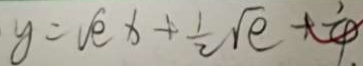
y = \sqrt { e } x + \frac { 1 } { 2 } \sqrt { e } + \frac { 1 } { 4 }